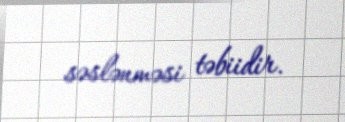
səslənməsi təbiidir.